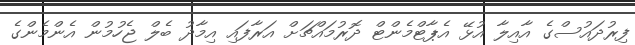
ފިރުދައުސްގެ އާއިލާ އުޅޭ އެޕާޓްމެންޓް ދޮރުމައްޗަށް އަރާފައި އިމާދު ބެލް ޖެހުމުން އެންމެންގެ